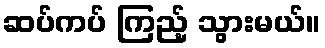
ဆပ်ကပ် ကြည့် သွားမယ်။